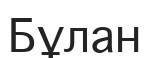
Бұлан